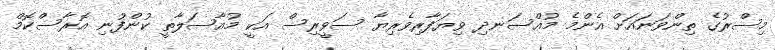
މިސްރުގެ ތިންވަނައަށް އެންމެ މުއްސަނދި ވިޔަފާރިވެރިޔާ ސަވީރިސް އަކީ މުއާސަލާތީ ކުންފުނި އޮރާސްކޮމް